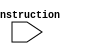
module decode(instruction);
    input [31:0] instruction;
    wire [6:0] opcode,funct;
    wire [5:0] rs,rt,rd,shamt;
    assign funct=instruction[5:0];
    assign shamt=instruction[10:6];
    assign rd=instruction[15:11];
    assign rt=instruction[20:16];
    assign rs=instruction[25:21];
    assign opcode=instruction[31:26];
    always@(instruction)begin
        case (opcode)
            6'b0: 
            case (funct)
                6'b100000: $display("R-Type instruction- add\n");
                6'b100001: $display("R-Type instruction- addu\n");
                6'b100010: $display("R-Type instruction- sub\n");
                6'b100011: $display("R-Type instruction- subu\n");
                6'b100100: $display("R-Type instruction- and\n");
                6'b100101: $display("R-Type instruction- or\n");
                6'b000000: $display("R-Type instruction- sll\n");
                6'b000010: $display("R-Type instruction- srl\n");
                6'b101010: $display("R-Type instruction- slt\n");
                6'b001000: $display("J-Type instruction- jr\n");
            endcase
            6'b001000: $display("I-Type instruction- addi\n");
            6'b001001: $display("I-Type instruction- addiu\n");
            6'b001100: $display("I-Type instruction- andi\n");
            6'b001101: $display("I-Type instruction- ori\n");
            6'b100011: $display("I-Type instruction- lw\n");
            6'b101011: $display("I-Type instruction- sw\n");
            6'b000100: $display("I-Type instruction- beq\n");
            6'b000101: $display("I-Type instruction- bne\n");
            6'b000111: $display("I-Type instruction- bgt\n");
            6'b000001: $display("I-Type instruction- bgte\n");
            6'b000011: $display("I-Type instruction- ble\n");
            6'b000110: $display("I-Type instruction- bleq\n");
            6'b001010: $display("I-Type instruction- slti\n");
            6'b010100: $display("J-Type instruction- j\n");
            6'b010101: $display("J-Type instruction- jal\n");
        endcase
    end
endmodule